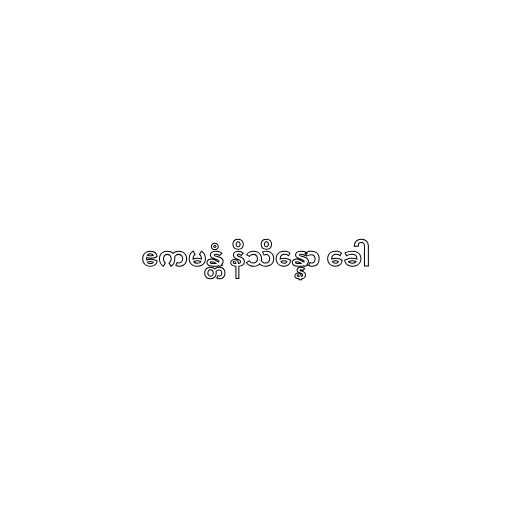
ဧကမန္တံ နိသိန္နော ခေါ